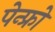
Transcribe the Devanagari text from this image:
पेन्फ्रो